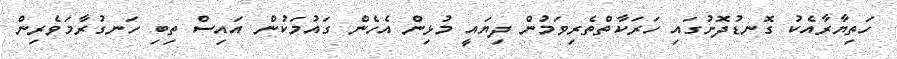
ހަތިޔާރާއެކު ގޮނޑުދޮށުގައި ހަރަކާތްތެރިވަމުން ދިޔައީ މުޅިން އެހެން ގައުމަކުން އައިސް ތިބި ހަނގުރާމަވެރިން